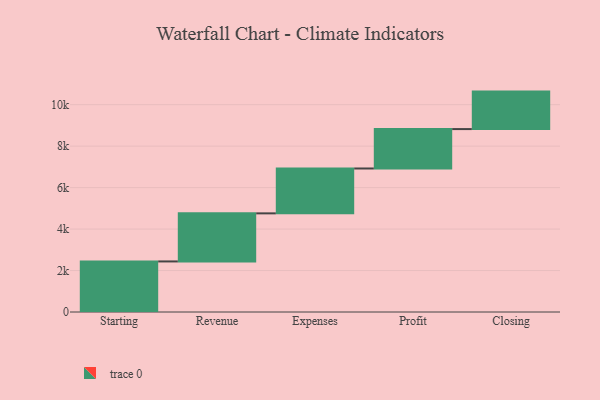
{"axis": {"x": "Step", "y": "Value"}, "legend": [""], "data": [{"x": "Starting", "y": 2439.0, "type": ""}, {"x": "Revenue", "y": 2319.0, "type": ""}, {"x": "Expenses", "y": 2164.0, "type": ""}, {"x": "Profit", "y": 1901.0, "type": ""}, {"x": "Closing", "y": 1808.0, "type": ""}]}